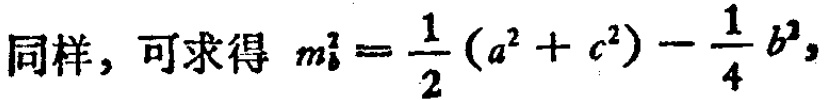
同样，可求得 \(m_{b}^{2}=\frac{1}{2}(a^{2}+c^{2})-\frac{1}{4}b^{2}\)